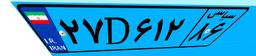
۲۷D۶۱۲۸۶